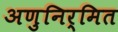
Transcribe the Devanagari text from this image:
अणुनिर्मित